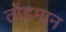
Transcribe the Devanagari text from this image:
तोंडमान